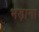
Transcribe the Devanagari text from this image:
भड़ाना